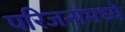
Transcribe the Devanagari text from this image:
परिजनांमध्ये